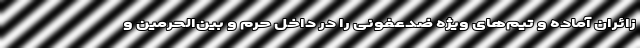
زائران آماده و تیم‌های ویژه ضدعفونی را در داخل حرم و بین‌الحرمین و